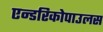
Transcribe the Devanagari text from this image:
एन्डरिकोपाउलस